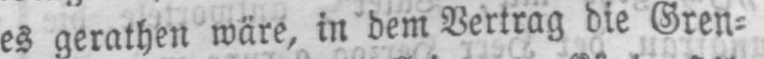
es gerathen wäre, in dem Vertrag die Gren⸗